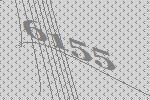
6155